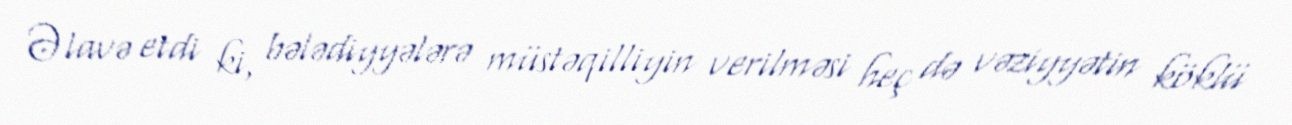
Əlavə etdi ki, bələdiyyələrə müstəqilliyin verilməsi heç də vəziyyətin köklü